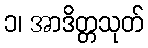
၁၊ အာဒိတ္တသုတ်